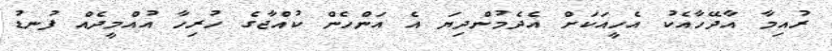
ރުއިމާ އާދޭހާއެކު އެހީއަކަށް އެދެމުންދިޔަ އެ އަންހެން ކުއްޖާގެ ހުރިހާ އުއްމީދެއް ފުނޑު